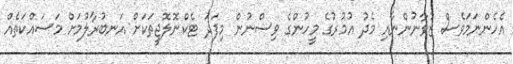
އެހެންނަމަވެސް ޒުވާނުންނާއި މެދު އުމުރުގެ މީހުންގެ ވިސްނުން މިފަދަ ޓެކްނޮލޮޖީތަކަށް އަނބުރާލުމަށް މަސައްކަތެއް